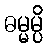
ဓမ္မမ္ပိ